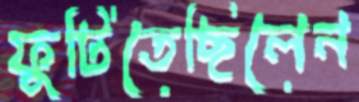
ফুটিতেছিলেন